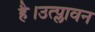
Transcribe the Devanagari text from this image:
है।उत्प्लावन